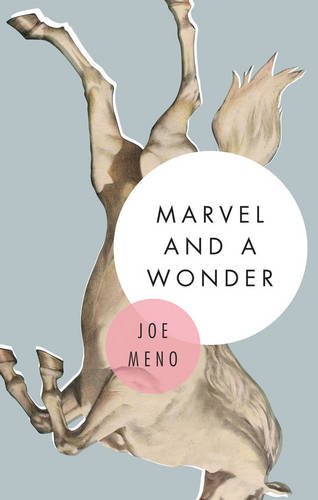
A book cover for Marvel and a Wonder; Joe Meno; Parenting & Relationships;